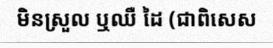
មិនស្រួល ឬឈឺ ដៃ (ជាពិសេស